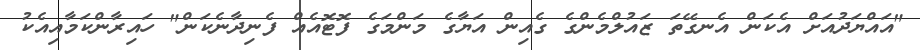
"އައްޔަދުއަށް އެކަން އެނގޭތަ ޒައުލްމެންގެ ގެއިން އަޔާގެ މަންމަގެ ފޮޓޮއެއް ފެނިދާނެކަން" ހައިރާންކަމާއިއެކު